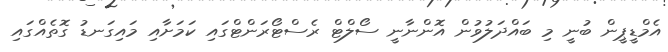
އެމްޑީޕީން ބުނީ މި ބައްދަލުވުން އޮންނާނީ ސޯލްޓް ރެސްޓޯރަންޓްގައި ކަމަށާއި މައިގަނޑު ގޮތެއްގައި